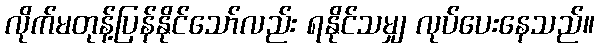
လိုက်မတုန့်ပြန်နိုင်သော်လည်း ရနိုင်သမျှ လုပ်ပေးနေသည်။